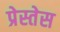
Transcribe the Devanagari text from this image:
प्रेस्तेस